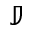
\mathbb { J }